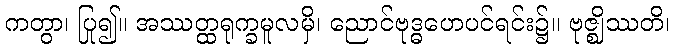
ကတွာ၊ ပြု၍။ အဿတ္ထရုက္ခမူလမှိ၊ ညောင်ဗုဒ္ဓဟေပင်ရင်း၌။ ဗုဇ္ဈိဿတိ၊